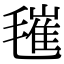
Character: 𣯧